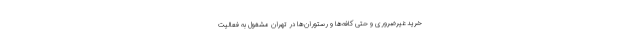
خرید غیرضروری و حتی کافه‌ها و رستوران‌ها در تهران مشغول به فعالیت